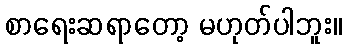
စာရေးဆရာတော့ မဟုတ်ပါဘူး။